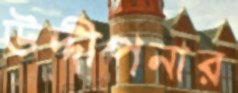
উদ্দীপনার